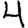
Digit: 4